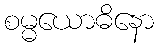
စမ္မယောဓိနော